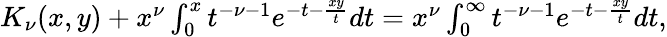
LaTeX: \begin{array}{r}{K_{\nu}(x,y)+x^{\nu}\int_{0}^{x}t^{-\nu-1}e^{-t-\frac{xy}{t}}dt=x^{\nu}\int_{0}^{\infty}t^{-\nu-1}e^{-t-\frac{xy}{t}}dt,}\end{array}